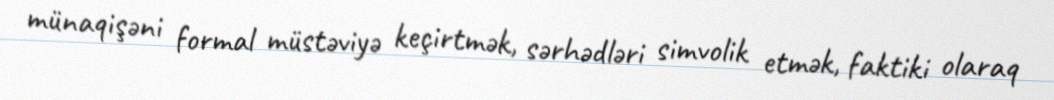
münaqişəni formal müstəviyə keçirtmək, sərhədləri simvolik etmək, faktiki olaraq